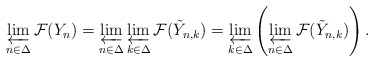
\begin{align*}\varprojlim_{n\in\Delta} \mathcal F(Y_n) = \varprojlim_{n\in\Delta} \varprojlim_{k\in\Delta} \mathcal F(\tilde Y_{n,k}) = \varprojlim_{k\in\Delta} \left(\varprojlim_{n\in\Delta} \mathcal F(\tilde Y_{n,k})\right).\end{align*}